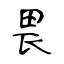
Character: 畏